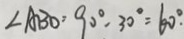
\angle A B O = 9 0 ^ { \circ } - 3 0 ^ { \circ } = 6 0 ^ { \circ } .